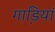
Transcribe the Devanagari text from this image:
गाडि़यां